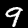
Digit: 9